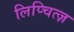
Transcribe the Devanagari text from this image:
लिप्चित्ज़